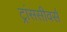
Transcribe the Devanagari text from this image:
ट्रांससीवर्स